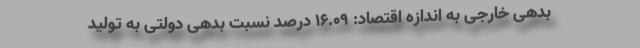
بدهی خارجی به اندازه اقتصاد: ۱۶.۰۹ درصد نسبت بدهی دولتی به تولید